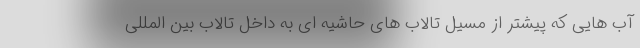
آب هایی که پیشتر از مسیل تالاب های حاشیه ای به داخل تالاب بین المللی